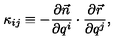
\kappa _ { i j } \equiv - \frac { \partial \vec { n } } { \partial q ^ { i } } \cdot \frac { \partial \vec { r } } { \partial q ^ { j } } ,